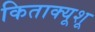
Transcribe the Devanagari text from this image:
किताक्यूशू